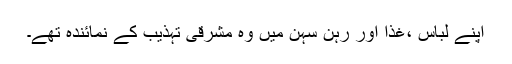
اپنے لباس ،غذا اور رہن سہن میں وہ مشرقی تہذیب کے نمائندہ تھے۔